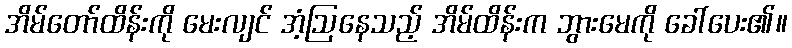
အိမ်တော်ထိန်းကို မေးလျင် အံ့ဩနေသည့် အိမ်ထိန်းက ဘွားမေကို ခေါ်ပေး၏။